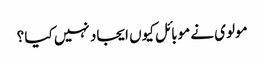
مولوی نے موبائل کیوں ایجاد نہیں کیا ؟